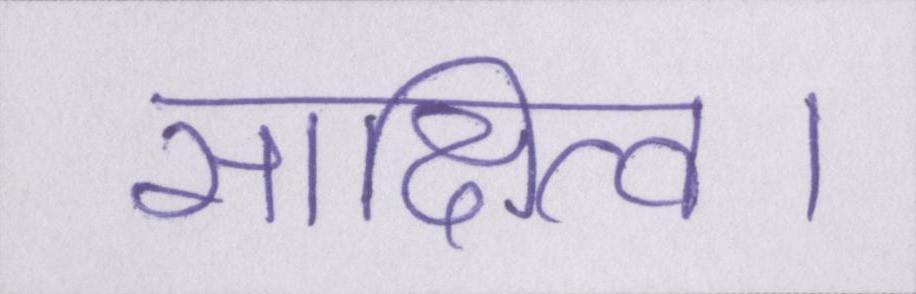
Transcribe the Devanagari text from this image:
साक्षित्व।